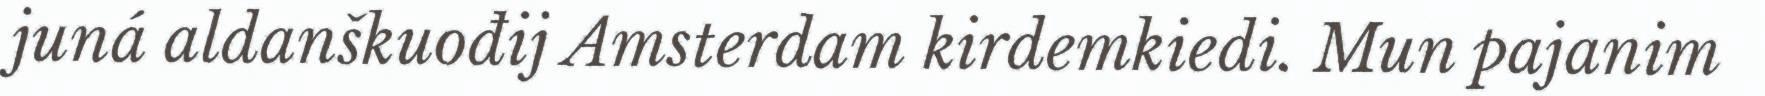
juná aldanškuođij Amsterdam kirdemkiedi. Mun pajanim